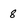
Character: 8